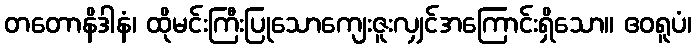
တတောနိဒါနံ၊ ထိုမင်းကြီးပြုသောကျေးဇူးလျှင်အကြောင်းရှိသော။ ဧဝရူပံ၊